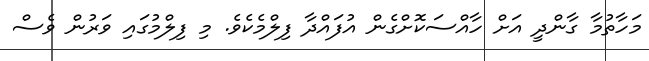
މަހާތުމާ ގާންދީ އަށް ހާއްސަކޮށްގެން އުފައްދާ ފިލްމެކެވެ. މި ފިލްމުގައި ވަރުން ވެސް